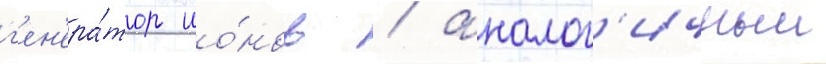
г'ен'ера́тор ио́нов / аналог'ичныи